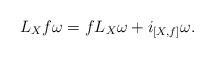
LaTeX: \begin{align*}L_Xf\omega = fL_X\omega+i_{[X,f]}\omega.\end{align*}